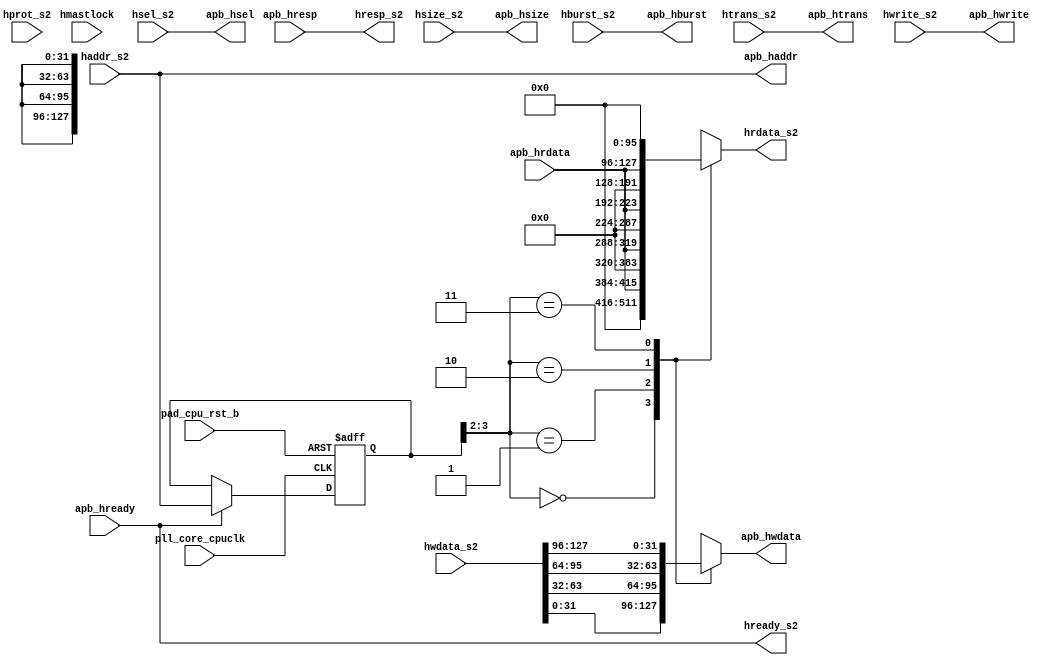
/*Copyright 2019-2021 T-Head Semiconductor Co., Ltd.

Licensed under the Apache License, Version 2.0 (the "License");
you may not use this file except in compliance with the License.
You may obtain a copy of the License at

    http://www.apache.org/licenses/LICENSE-2.0

Unless required by applicable law or agreed to in writing, software
distributed under the License is distributed on an "AS IS" BASIS,
WITHOUT WARRANTIES OR CONDITIONS OF ANY KIND, either express or implied.
See the License for the specific language governing permissions and
limitations under the License.
*/



















module ahb2apb(
  apb_haddr,
  apb_hburst,
  apb_hrdata,
  apb_hready,
  apb_hresp,
  apb_hsel,
  apb_hsize,
  apb_htrans,
  apb_hwdata,
  apb_hwrite,
  haddr_s2,
  hburst_s2,
  hmastlock,
  hprot_s2,
  hrdata_s2,
  hready_s2,
  hresp_s2,
  hsel_s2,
  hsize_s2,
  htrans_s2,
  hwdata_s2,
  hwrite_s2,
  pad_cpu_rst_b,
  pll_core_cpuclk
);


input   [31 :0]  apb_hrdata;     
input            apb_hready;     
input   [1  :0]  apb_hresp;      
input   [39 :0]  haddr_s2;       
input   [2  :0]  hburst_s2;      
input            hmastlock;      
input   [3  :0]  hprot_s2;       
input            hsel_s2;        
input   [2  :0]  hsize_s2;       
input   [1  :0]  htrans_s2;      
input   [127:0]  hwdata_s2;      
input            hwrite_s2;      
input            pad_cpu_rst_b;  
input            pll_core_cpuclk; 
output  [39 :0]  apb_haddr;      
output  [2  :0]  apb_hburst;     
output           apb_hsel;       
output  [2  :0]  apb_hsize;      
output  [1  :0]  apb_htrans;     
output  [31 :0]  apb_hwdata;     
output           apb_hwrite;     
output  [127:0]  hrdata_s2;      
output           hready_s2;      
output  [1  :0]  hresp_s2;       


reg     [31 :0]  apb_hwdata;     
reg     [127:0]  hrdata_s2;      
reg     [39 :0]  latch_haddr;    


wire    [39 :0]  apb_haddr;      
wire    [2  :0]  apb_hburst;     
wire    [31 :0]  apb_hrdata;     
wire             apb_hready;     
wire    [1  :0]  apb_hresp;      
wire             apb_hsel;       
wire    [2  :0]  apb_hsize;      
wire    [1  :0]  apb_htrans;     
wire             apb_hwrite;     
wire    [39 :0]  haddr_s2;       
wire    [2  :0]  hburst_s2;      
wire             hready_s2;      
wire    [1  :0]  hresp_s2;       
wire             hsel_s2;        
wire    [2  :0]  hsize_s2;       
wire    [1  :0]  htrans_s2;      
wire    [127:0]  hwdata_s2;      
wire             hwrite_s2;      
wire             pad_cpu_rst_b;  
wire             pll_core_cpuclk; 












assign  hready_s2     = apb_hready;
assign  hresp_s2[1:0] = apb_hresp[1:0];
assign  apb_hsel      = hsel_s2;
assign  apb_haddr[39:0]  = haddr_s2[39:0];
assign  apb_hburst[2:0]  = hburst_s2[2:0];
assign  apb_hsize[2:0]   = hsize_s2[2:0];
assign  apb_htrans[1:0]  = htrans_s2[1:0];
assign  apb_hwrite       = hwrite_s2;


always @(posedge pll_core_cpuclk or negedge pad_cpu_rst_b )
begin
  if(!pad_cpu_rst_b)
  begin
    latch_haddr[39:0] <= 40'b0;
  end
  else if(apb_hready) 
  begin
    latch_haddr[39:0] <= haddr_s2[39:0];
  end
  else 
  begin
    latch_haddr[39:0] <= latch_haddr[39:0];
  end
end


always @( hwdata_s2[63:0]
       or hwdata_s2[127:64]
       or latch_haddr[3:2])
begin
case(latch_haddr[3:2])
  2'b00: 
  begin
    apb_hwdata[31:0] = hwdata_s2[ 31: 0];
  end
  2'b01: 
  begin
    apb_hwdata[31:0] = hwdata_s2[ 63:32];
  end
  2'b10: 
  begin
    apb_hwdata[31:0] = hwdata_s2[ 95:64];
  end
  2'b11: 
  begin
    apb_hwdata[31:0] = hwdata_s2[127:96];
  end
  default: 
  begin
    apb_hwdata[31:0] = 32'bx;
  end
endcase

end


always @( latch_haddr[3:2]
       or apb_hrdata[31:0])
begin
case(latch_haddr[3:2])
  2'b00: 
  begin
    hrdata_s2[127:0] = {96'b0,apb_hrdata[31:0]};
  end
  2'b01: 
  begin
    hrdata_s2[127:0] = {64'b0,apb_hrdata[31:0],32'b0};
  end
  2'b10: 
  begin
    hrdata_s2[127:0] = {32'b0,apb_hrdata[31:0],64'b0};
  end
  2'b11: 
  begin
    hrdata_s2[127:0] = {      apb_hrdata[31:0],96'b0};
  end
  default: 
  begin
    hrdata_s2[127:0] = 128'bx;
  end
endcase

end


















endmodule